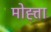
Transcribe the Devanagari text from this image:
मोह्त्ता